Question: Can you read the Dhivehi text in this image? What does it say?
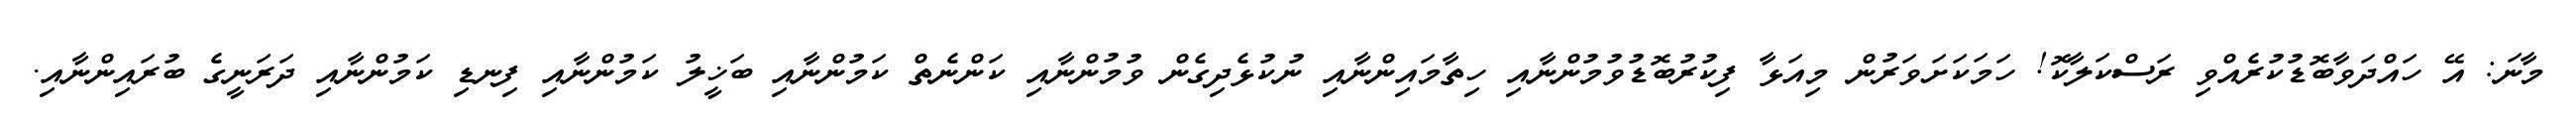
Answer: މާނަ: އޭ ހައްދަވާބޮޑުކުރެއްވި ރަސްކަލާކޮ! ހަމަކަށަވަރުން މިއަޅާ ފިކުރުބޮޑުވުމުންނާއި ހިތާމައިންނާއި ނުކުޅެދިގެން ވުމުންނާއި ކަންނެތް ކަމުންނާއި ބަޚީލު ކަމުންނާއި ފިނޑި ކަމުންނާއި ދަރަނީގެ ބުރައިންނާއި.